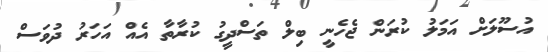
އުސޫލަށް އަމަލު ކުރަން ޖެހެނީ ބިލް ތަސްދީގު ކުރާތާ އެއް އަހަރު ދުވަސް